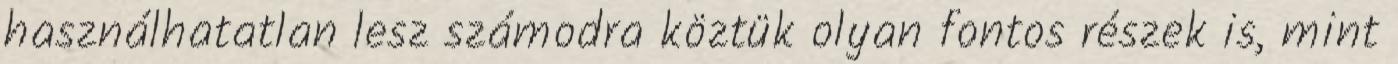
használhatatlan lesz számodra köztük olyan fontos részek is, mint